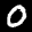
Label: 0